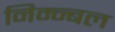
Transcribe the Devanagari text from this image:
निम्न्बल